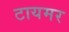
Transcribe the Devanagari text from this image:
टायमर